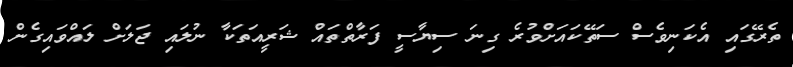
ތެރޭގައި އެކަނިވެސް ސަތޭކައަށްވުރެ ގިނަ ސިޔާސީ ފަރާތްތައް ޝަރީއަތަކާ ނުލައި ޖަލަށް ލައްވައިގެން